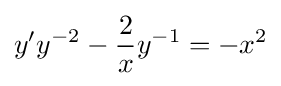
y'y^{-2}-{\frac {2}{x}}y^{-1}=-x^{2}